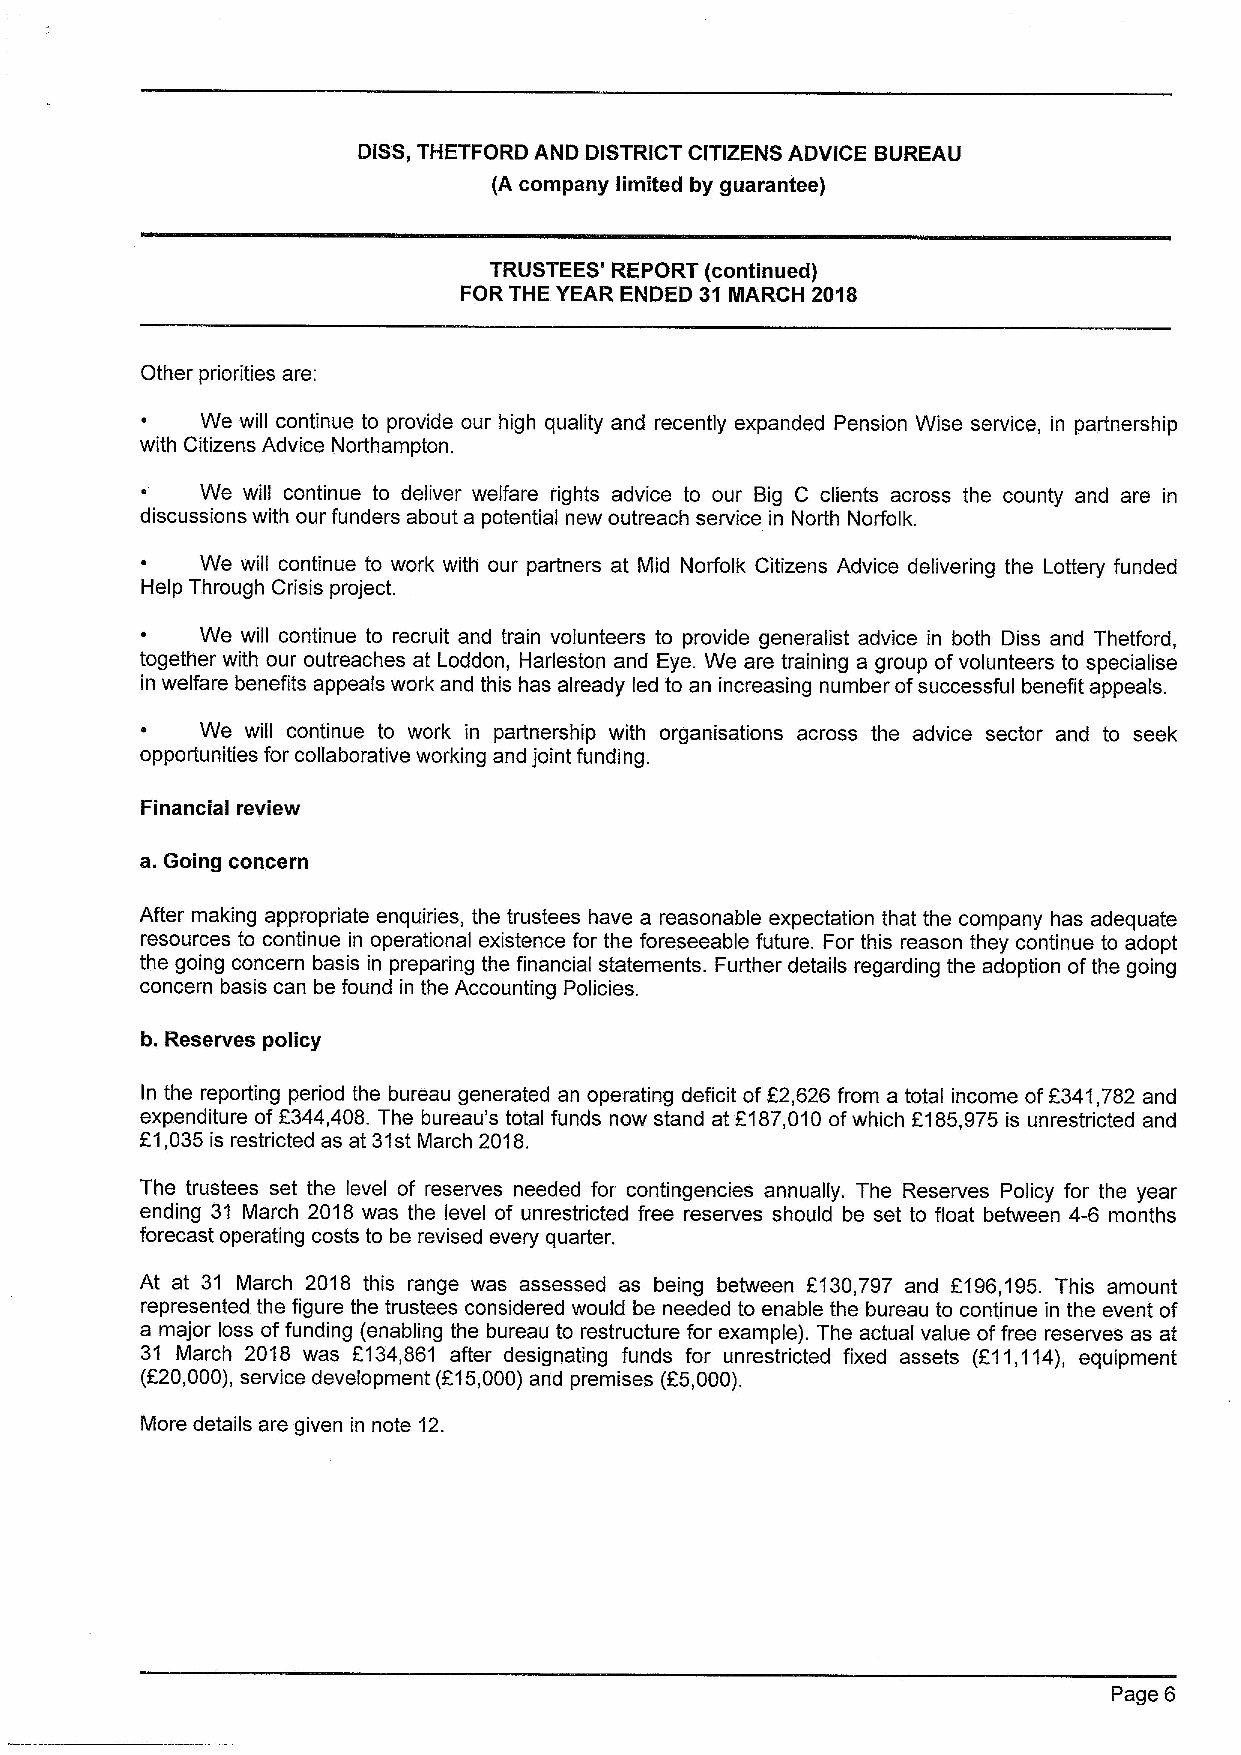
DISS,THETFORD AND DISTRICT CITIZENS ADVICE BUREAU
 {Acompany limited by guarantee)
 TRUSTEES' REPORT (continued)
 FOR THE YEAR ENDED 31 MARCH 2018
 Other priorities are:
 ~   We will continue to provide our high quality and recently expanded Pension Wise service, in partnership
 with Citizens Advice Northampton.
 ~   We will continue to deliver welfare rights advice to our Big C clients across the county and are in
 discussions with our funders about a potential new outreach service in North Norfolk.
 ~   We will continue to work with our partners at Mid Norfolk Citizens Advice delivering the Lottery funded
 Help Through Crisis project.
 ~   We will continue to recruit and train volunteers to provide generalist advice in both Diss and Thetford,
 together with our outreaches at Loddon, Harleston and Eye. We are training a group ofvolunteers to specialise
 in welfare benefits appeals work and this has already led to an increasing number ofsuccessful benefit appeals.
 We will continue to work in partnership with organisations across the advice sector and to seek
 opportunities for collaborative working and joint funding.
 Financial review
 a.Going concern
 After making appropriate enquiries, the trustees have a reasonable expectation that the company has adequate
 resources to continue in operational existence for the foreseeable future. For this reason they continue to adopt
 the going concern basis in preparing the financial statements. Further details regarding the adoption ofthe going
 concern basis can be found in the Accounting Policies.
 b. Reserves policy
 In the reporting period the bureau generated an operating deficit off2,626 from a total income off341,782 and
 expenditure of 2344,408. The bureau's total funds now stand at f187,010ofwhich f185,975 is unrestricted and
 E1,035is restricted as at 31stMarch 2018.
 The trustees set the level of reserves needed for contingencies annually. The Reserves Policy for the year
 ending 31 March 2018 was the level of unrestricted free reserves should be set to float between 4-6 months
 forecast operating costs to be revised every quarter.
 At at 31 March 2018 this range was assessed as being between 6130,797 and f196,195. This amount
 represented the figure the trustees considered would be needed to enable the bureau to continue in the event of
 a major loss offunding (enabling the bureau to restructure for example). The actual value offree reserves as at
 31 March 2018 was 2134,861 after designating funds for unrestricted fixed assets (F11,114), equipment
 (f20,000), service development (E15,000)and premises (E5,000).
 More details are given in note 12.
 Page 6